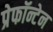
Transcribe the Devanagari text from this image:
प्रेफॉन्टेन